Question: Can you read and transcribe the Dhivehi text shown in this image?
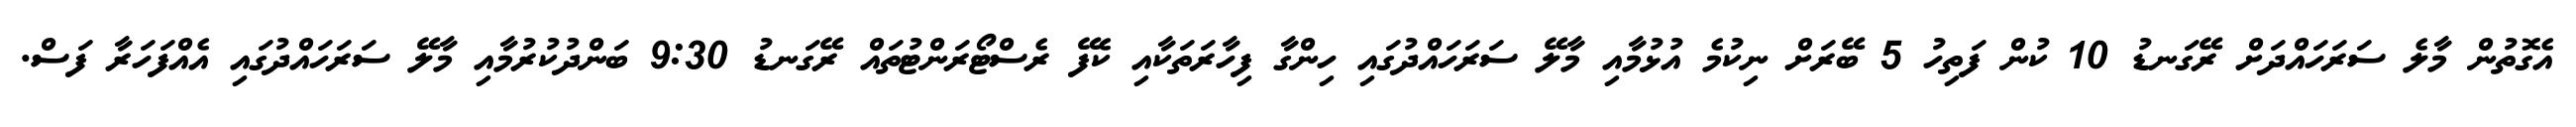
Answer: އެގޮތުން މާލެ ސަރަހައްދަށް ރޭގަނޑު 10 ކުން ފަތިހު 5 ބޭރަށް ނިކުމެ އުޅުމާއި މާލޭ ސަރަހައްދުގައި ހިންގާ ފިހާރަތަކާއި ކެފޭ ރެސްޓޯރަންޓުތައް ރޭގަނޑު 9:30 ބަންދުކުރުމާއި މާލޭ ސަރަހައްދުގައި އެއްފަހަރާ ފަސް.